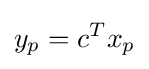
y_{p}=c^{T}x_{p}